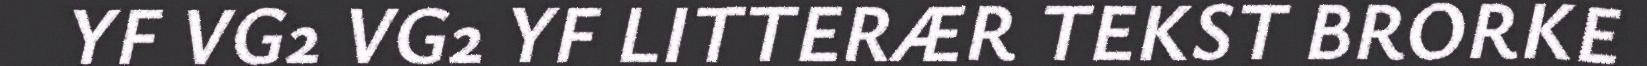
YF VG2 VG2 YF LITTERÆR TEKST BRORKE